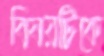
বিষয়টিকে